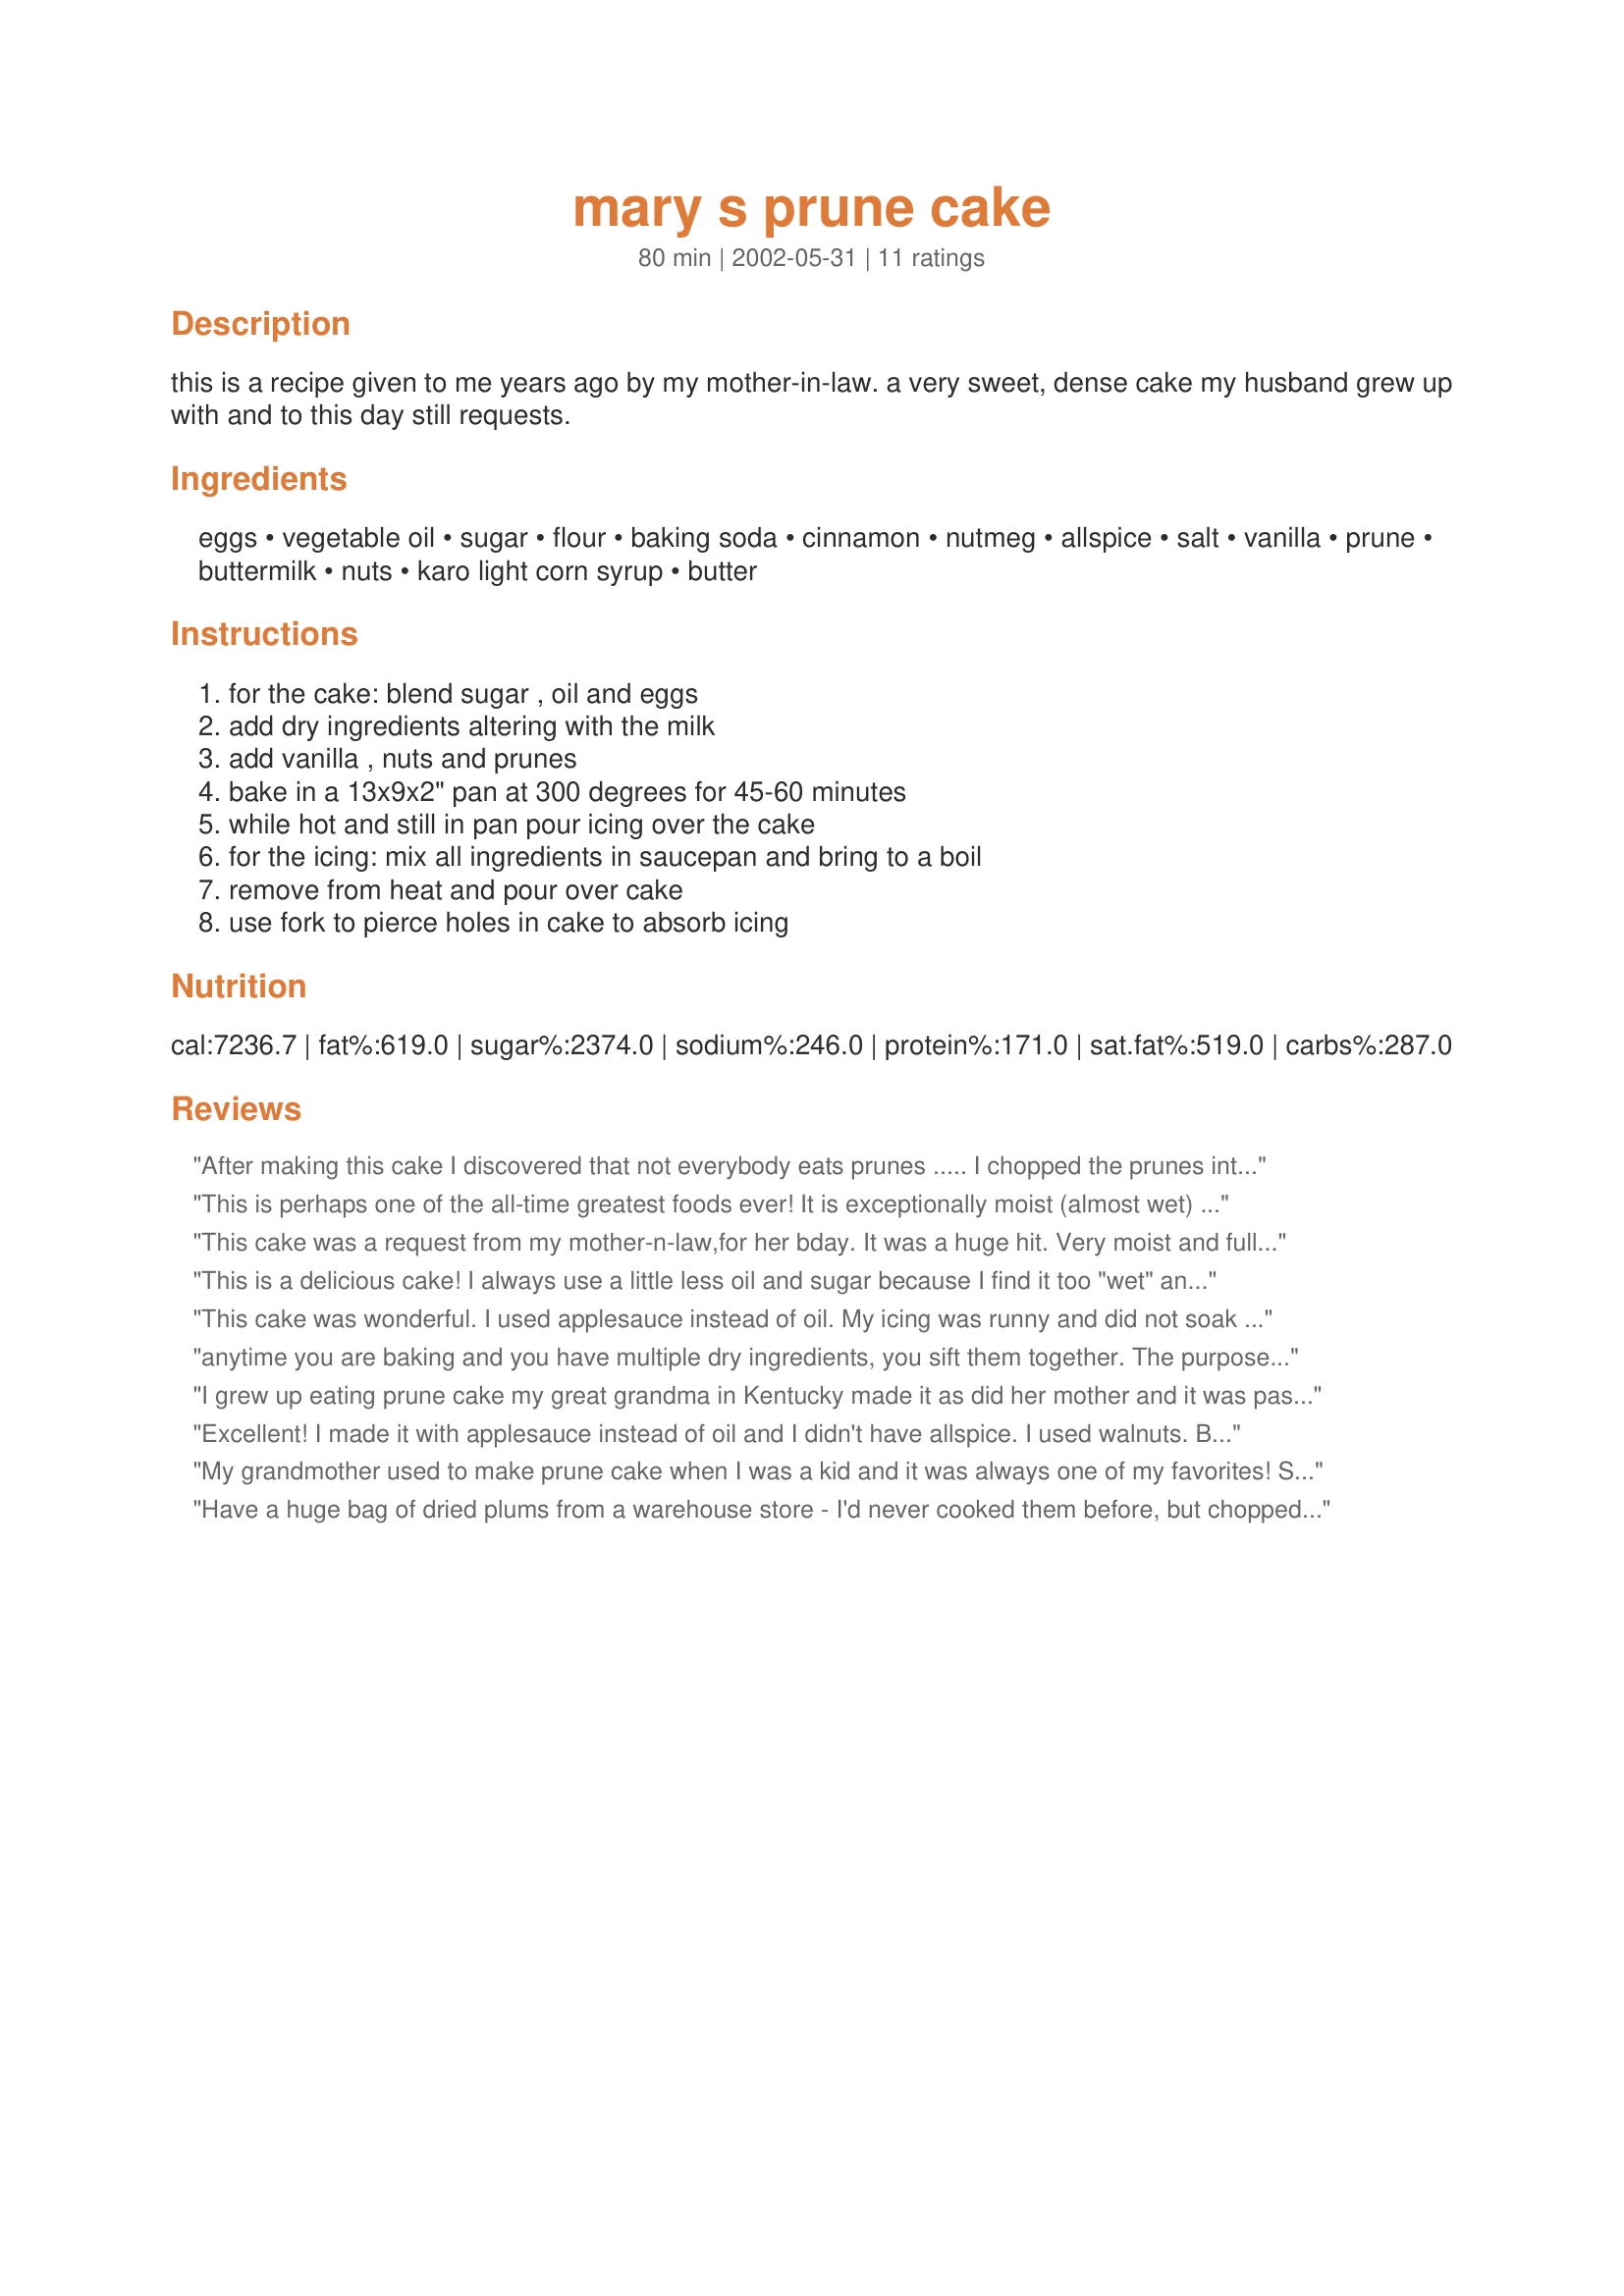
mary s prune cake
Preparation time: 80 minutes

this is a recipe given to me years ago by my mother-in-law. a very sweet, dense cake my husband grew up with and to this day still requests.

Ingredients:
eggs, vegetable oil, sugar, flour, baking soda, cinnamon, nutmeg, allspice, salt, vanilla, prune, buttermilk, nuts, karo light corn syrup, butter

Steps:
for the cake: blend sugar , oil and eggs, add dry ingredients altering with the milk, add vanilla , nuts and prunes, bake in a 13x9x2" pan at 300 degrees for 45-60 minutes, while hot and still in pan pour icing over the cake, for the icing: mix all ingredients in saucepan and bring to a boil, remove from heat and pour over cake, use fork to pierce holes in cake to absorb icing

Reviews:
After making this cake I discovered that not everybody eats prunes .....
I chopped the prunes into quarters and used almond and walnuts roughly chopped. I put the mixture into 2 loaf tins. Unfortunately the icing which tasted great did not soak in so I had icing on all sides, including the bottom.
I served this to my team of testers at the office and of those who eat prunes it was well received. Some commented that it was quite rich.
The junior testing team (ages 8 and 7) loved it.
This is perhaps one of the all-time greatest foods ever! It is exceptionally moist (almost wet) and packed with flavor! If anyone doesn't like this recipe I'll stand on my head naked in the middle of the interstate highway! Don't forget to have some ice cold milk with it (and a second piece)!
This cake was a request from my mother-n-law,for her bday. It was a huge hit. Very moist and full of flavor. I read the reviews and went with the 8oz prune baby food to save time and it still turned out wonderful. I also noticed a few comments about the icing not absorbing so with mine,after putting the holes in, I poured the icing than scraped around the edges of the whole cake for the icing to sink down into it. Great recipe
This is a delicious cake! I always use a little less oil and sugar because I find it too "wet" and soggy for my taste. I also only make about half of the glaze otherwise it's too sweet. It's a great smelling / tasting cake!
This cake was wonderful. I used applesauce instead of oil. My icing was runny and did not soak in.I barely let it come to a bubble, so perhaps a bit longer would have helped. But other than that this was a great cake and recipe.
anytime you are baking and you have multiple dry ingredients, you sift them together. The purpose is not just to get the lumps out of the flour but also to thoroughly mix the ingredients evenly.
I grew up eating prune cake my great grandma in Kentucky made it as did her mother and it was passed down through the family. Now my wife makes it and we do a little cool whip on top as soon as it comes out of the oven! My favorite cake.
Excellent! I made it with applesauce instead of oil and I didn't have allspice. I used walnuts. Best prune cake recipe I've ever made. Thanks.
My grandmother used to make prune cake when I was a kid and it was always one of my favorites! She was born in 1902 and I recently found her hand-written recipe which is the same as is listed here except that she used an 8 oz. jar of prune babyfood....which I assume is still available in grocery stores! This is a wonderful old-fashioned recipe!
Have a huge bag of dried plums from a warehouse store - I'd never cooked them before, but chopped and simmered in water for about 10 minutes, stirring often, until water evaporated and they were very soft. Followed the recipe pretty closely except cut the sugar by 1/4 cup and oil by 1/8 cup. Used chopped pecans. Baked as directed until a knife inserted in the center came out clean. As others suggested, I used a knife around the edges, then used a serving fork with larger tines to poke holes. Although I made a full batch of icing, substituting honey for corn syrup, I only used about 2/3s of it - I think half of the icing recipe would be plenty unless you have a really sweet tooth. Turned out moist and flavorful. Good warm or cold.
This is an OUTSTANDING cake! It is so MOIST, SWEET & FLAVORFUL! I LOVE the buttery sweetness of the glaze! I put my prunes in a small saucepan and covered them with water then I boiled them until the water was all absorbed and then I mashed them with a fork. I don't think anyone would know there are prunes in this if you didn't tell them. I used pecan chips for the nuts. I made mine in a glass 13x9 and it baked for 55 minutes. I poked it all over with a fork as suggested and had no problems with the glaze sinking in. This is a KEEPER RECIPE. Made for 1-2-3 hit wonders.
